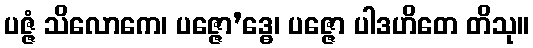
ပဇ္ဇံ သိလောကေ၊ ပဇ္ဇော’ဒ္ဓေ၊ ပဇ္ဇော ပါဒဟိတေ တိသု။